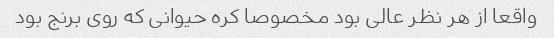
واقعا از هر نظر عالی بود مخصوصا کره حیوانی که روی برنج بود